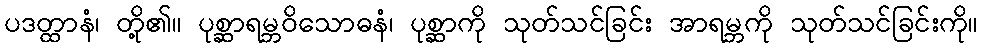
ပဒတ္ထာနံ၊ တို့၏။ ပုစ္ဆာရမ္ဘဝိသောဓနံ၊ ပုစ္ဆာကို သုတ်သင်ခြင်း အာရမ္ဘကို သုတ်သင်ခြင်းကို။